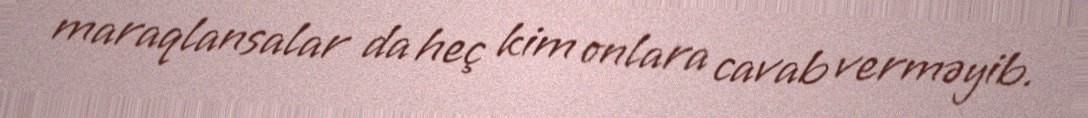
maraqlansalar da heç kim onlara cavab verməyib.